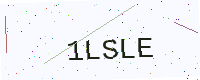
Text: 1LSLE